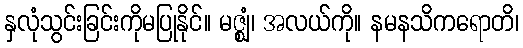
နှလုံသွင်းခြင်းကိုမပြုနိုင်။ မဇ္ဈံ၊ အလယ်ကို။ နမနသိကရောတိ၊